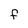
Character: f